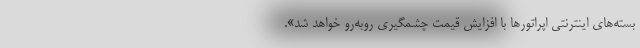
بسته‌های اینترنتی اپراتورها با افزایش قیمت چشمگیری روبه‌رو خواهد شد».